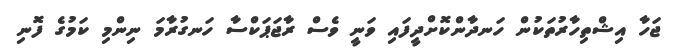
ޖަހާ އިޝްތިހާރުތަކުން ހަނދާންކޮށްދީފައި ވަނީ ވެސް ރާޖަޕަކްސާ ހަނގުރާމަ ނިންމި ކަމުގެ ފޮނި